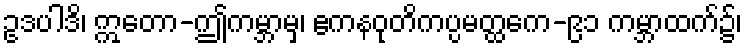
ဥဒပါဒိ၊ ဣတော-ဤကမ္ဘာမှ၊ ဧကနဝုတိကပ္ပမတ္ထကေ-၉၁ ကမ္ဘာထက်၌၊